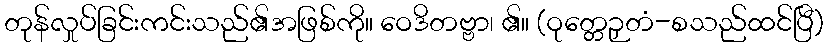
တုန်လှုပ်ခြင်းကင်းသည်၏အဖြစ်ကို။ ဝေဒိတဗ္ဗာ၊ ၏။ (ဝုတ္တေဉှတံ-စသည်ထင်ပြီ)